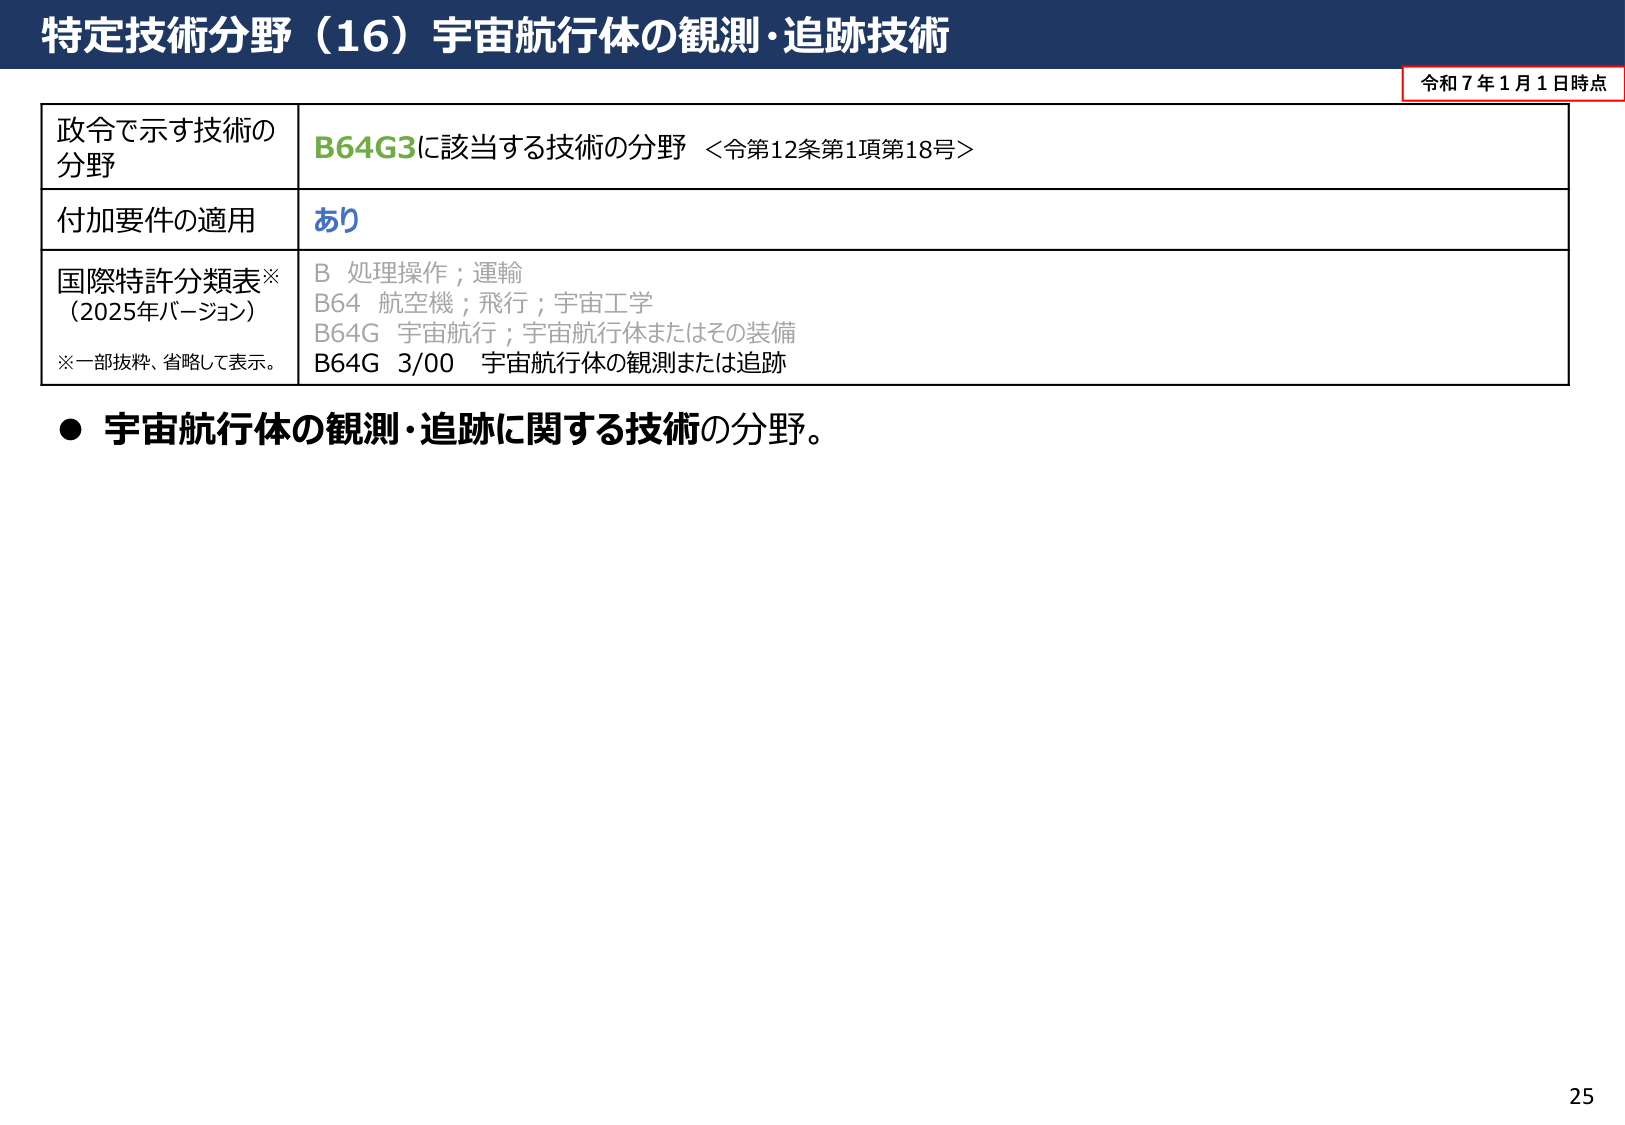
特定技術分野（16）宇宙航行体の観測・追跡技術

令和７年１月１日時点

政令で示す技術の
分野
B64G3に該当する技術の分野 ＜令第12条第1項第18号＞

付加要件の適用
あり

国際特許分類表※
（2025年バージョン）
※一部抜粋、省略して表示。
B 処理操作；運輸
B64 航空機；飛行；宇宙工学
B64G 宇宙航行；宇宙航行体またはその装備
B64G 3/00 宇宙航行体の観測または追跡

● 宇宙航行体の観測・追跡に関する技術の分野。

25